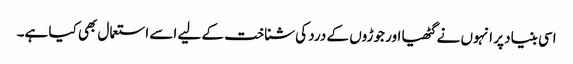
اسی بنیاد پر انہوں نے گٹھیا اور جوڑوں کے درد کی شناخت کے لیے اسے استعمال بھی کیا ہے۔